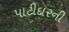
પાટીદારની